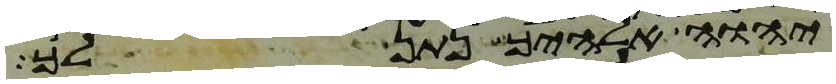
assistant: יהוה אלהיך נתן לך